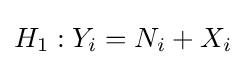
H_{1}:Y_{i}=N_{i}+X_{i}